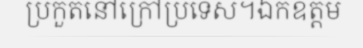
ប្រកួតនៅក្រៅប្រទេស។ឯកឧត្តម